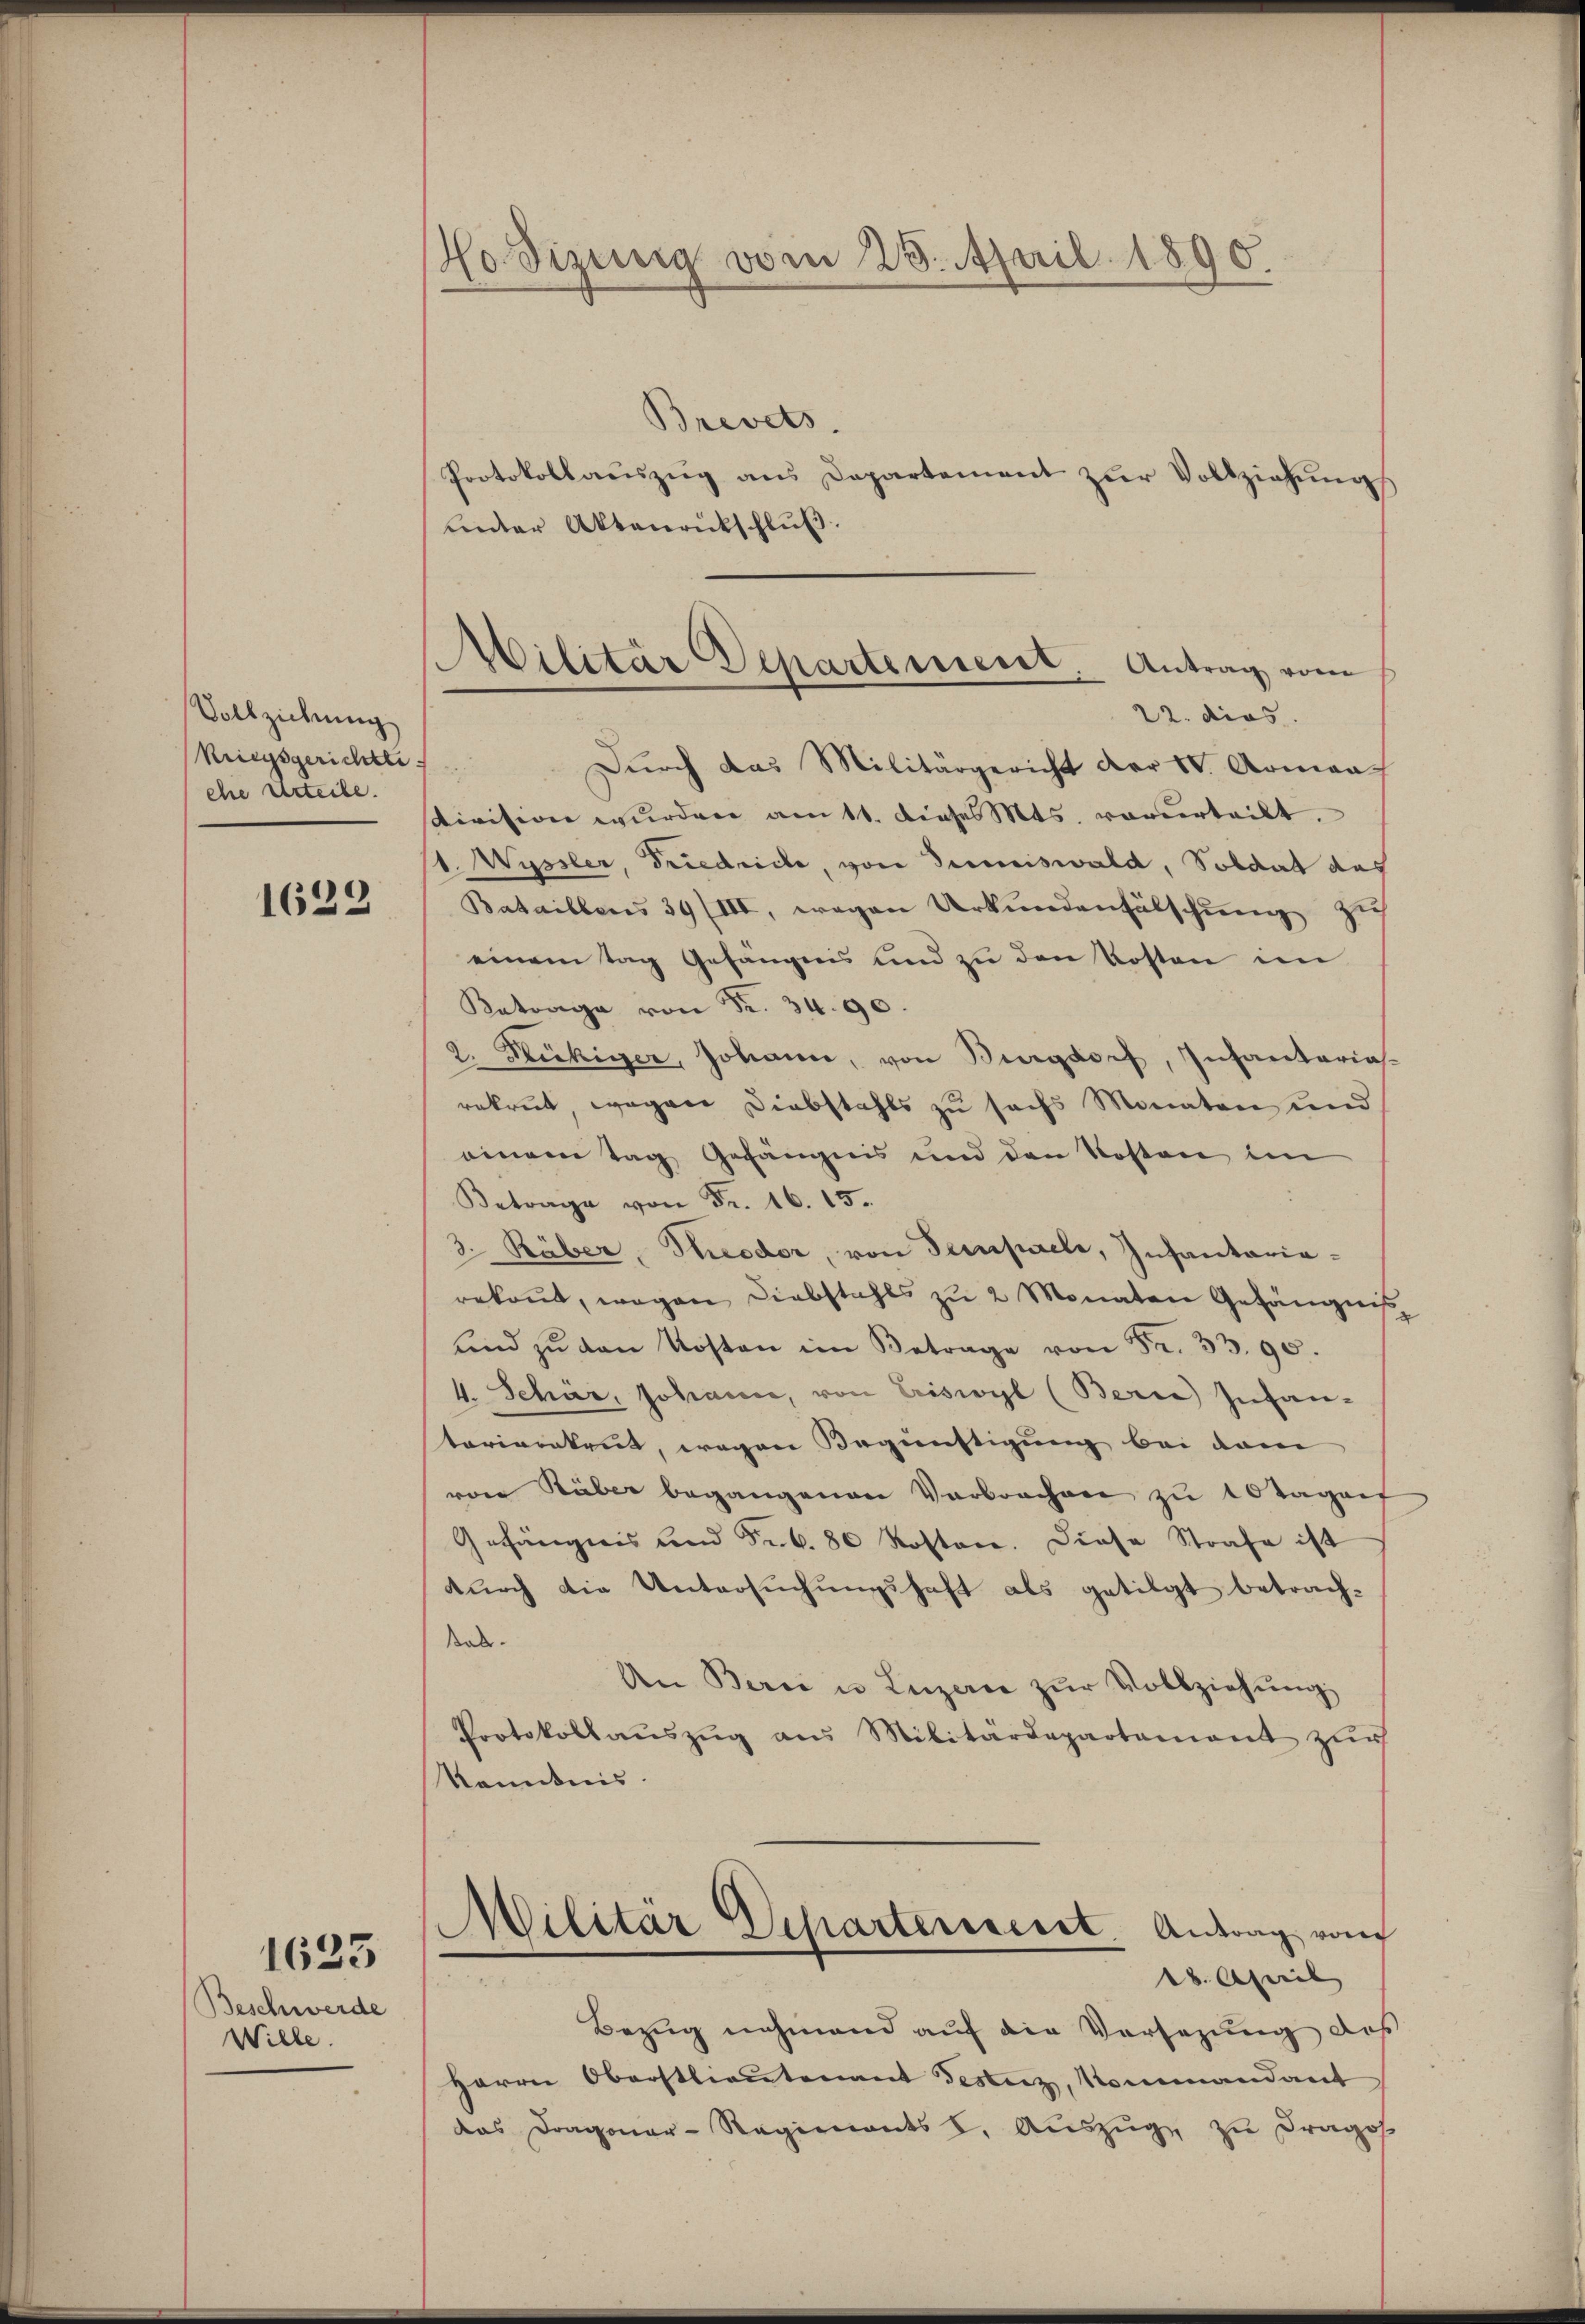
Vollziehung
kriegsgerichtli
che Urteile.

1622

1623

Beschwerde
Wille.

Hodizung vom 25. April 1890.

Militär Departement. Antrag vom
22. dies

Brevets.
Protokollaŭszŭg ans Departement zŭr Vollziehŭngs
unter Aktenrückschluß.
Dŭrch das Militärgericht der IV. Armaa
division wurden am 11. dieses Mts. vorurteilt.
1. Wyssler, Friedriche, von Termiswald, Soldat das
Bataillens 39/III, wegen Urkundenfälschung zu
einem Tag Gefängens und zu den Kosten im
Katrage von Fr. 34. 90.
2. Stückiger, Johann, von Burgdorf, Infantaria.
rekrut, wegen Diebstahls zu sechs Monaten und
einem Tag Gefängnis und den Kosten in
Betrage von Fr. 16. 15.
3. Räber, Theodor, von Tempele, Insantariarekont, wegen Diebstahls zŭ 2 Monaten Gefängnis
und zŭ den Kosten im Betrage von Fr. 33. 90.
4. Schar, Johann, von Criswyl (Berne Infantoeriverkeit, wegen Begünstigung bei dem
von Stüber begangenen Verbrechen zu 10 Tagens
Gefängnis und Frk. 80 Kostare. Diese Strafe ist
durch die Untersuchungshaft als getilgt betrach-
sab.
An Bern u. Luzern zŭr Vollziehŭng
Protokollaŭszŭg ans Militärdepartement zŭr
kanntnis.
Militär Departerneret. Antrag vom
18. April
Bezug nehmend auf die Versezung des
Herrn Oberstlieutenant Testanz, Kommandant
das Dragoner-Regiments I. Auszug zu Drago